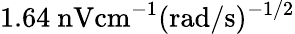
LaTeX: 1.64\ \mathrm{nV}\mathrm{cm}^{-1}(\mathrm{rad}/\mathrm{s})^{-1/2}